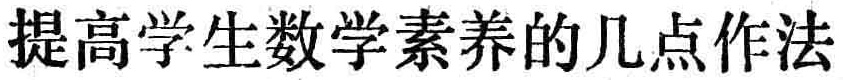
提高学生数学素养的几点作法